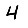
Digit: 4